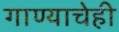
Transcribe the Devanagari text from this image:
गाण्याचेही